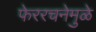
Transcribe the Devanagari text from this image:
फेररचनेमुळे